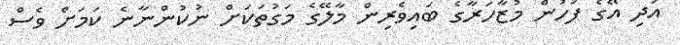
އަދި އޭގެ ފަހުން މުޒާހަރާގެ ބައިވެރިން މާލޭގެ މަގުތަކަށް ނުކުންނާނެ ކަމަށް ވެސް